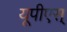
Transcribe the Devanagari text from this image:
यूपीएस्